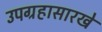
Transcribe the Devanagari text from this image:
उपग्रहासारखे